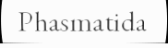
Phasmatida